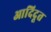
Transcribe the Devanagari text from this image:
आदिदूत